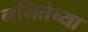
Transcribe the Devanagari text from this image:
नमितेच्या